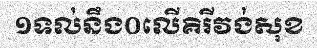
១ទល់នឹង០លើគិរីវង់សុខ